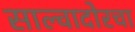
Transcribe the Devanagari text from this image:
साल्वादोरचा